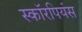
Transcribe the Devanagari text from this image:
स्कॉरपियंस